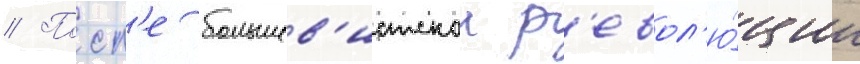
// Посл'е большев'истскои р'евол'ю́ции